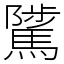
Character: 騭